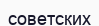
советских